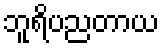
ဘူရိပညတာယ